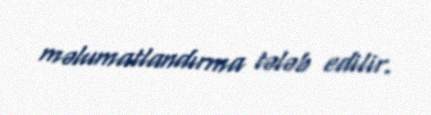
məlumatlandırma tələb edilir.